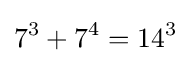
7^{3}+7^{4}=14^{3}